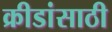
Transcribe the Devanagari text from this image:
क्रीडांसाठी